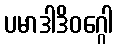
ပမာဒါဒိဝဂ္ဂေါ